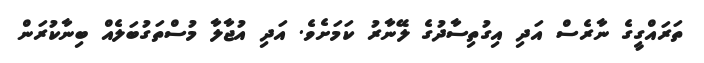
ތަރައްގީގެ ނާރެސް އަދި އިގުތިސާދުގެ ލޭނާރު ކަމަށެވެ. އަދި އުޖާލާ މުސްތަގުބަލެއް ބިނާކުރަން